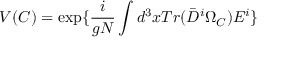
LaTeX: V ( C ) = \exp \{ { \frac { i } { g N } } \int d ^ { 3 } x T r ( \bar { D } ^ { i } \Omega _ { C } ) E ^ { i } \}